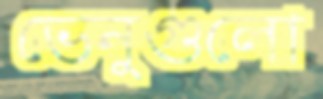
ভেনুগুলো